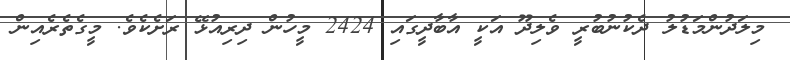
މިލަދުންމަޑުލު ދެކުނުބުރީ ވެލިދޫ އަކީ އާބާދީގައި 2424 މީހުން ދިރިއުޅޭ ރަށެކެވެ. މީގެތެރެއިން